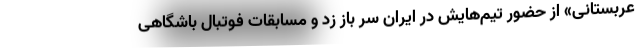
عربستانی» از حضور تیم‌هایش در ایران سر باز زد و مسابقات فوتبال باشگاهی